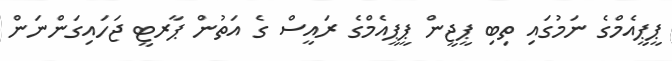
ޕީޕީއެމްގެ ނަމުގައި ތިބި ޕީޖީން ޕީޕީއެމްގެ ރައީސް ގެ އަތުން ޕާރޓީ ޖަހައިގަންނަން